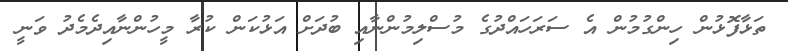
ތަޅާފޮޅުން ހިންގުމުން އެ ސަރަހައްދުގެ މުސްލިމުންނާއި ބުދަށް އަޅުކަން ކުރާ މީހުންނާއިދެމެދު ވަނީ